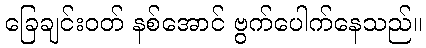
ခြေချင်းဝတ် နစ်အောင် ဗွက်ပေါက်နေသည်။